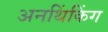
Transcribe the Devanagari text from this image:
अनथिंकिंग